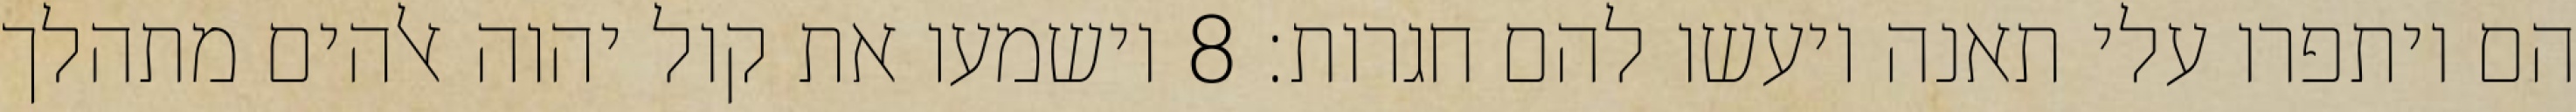
הם ויתפרו עלי תאנה ויעשו להם חגרות׃ ‎8‏ וישמעו את קול יהוה אלהים מתהלך